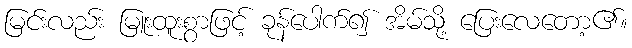
မြင်းလည်း မြူးထူးစွာဖြင့် ခုန်ပေါက်၍ အိမ်သို့ ပြေးလေတော့၏။